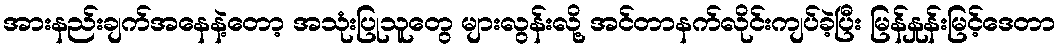
အားနည်းချက်အနေနဲ့တော့ အသုံးပြုသူတွေ များလွန်းလို့ အင်တာနက်လိုင်းကျပ်ခဲ့ပြီး မြန်နှုန်းမြင့်ဒေတာ